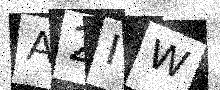
Text: A2IW